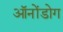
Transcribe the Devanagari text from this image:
ऑनोंडोग